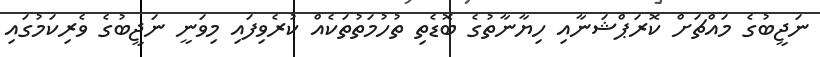
ނަޖީބުގެ މައްޗަށް ކޮރަޕްޝަނާއި ހިޔާނާތުގެ ބޮޑެތި ތުހުމަތުތަކެއް ކުރެވިފައި މިވަނީ ނަޖީބުގެ ވެރިކަމުގައި